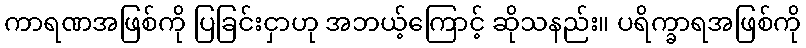
ကာရဏအဖြစ်ကို ပြခြင်းငှာဟု အဘယ့်ကြောင့် ဆိုသနည်း။ ပရိက္ခာရအဖြစ်ကို